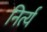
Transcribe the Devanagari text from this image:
निर्त्य